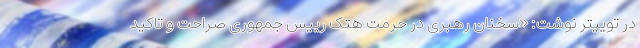
در توییتر نوشت: «سخنان رهبری در حرمت هتک رییس جمهوری صراحت و تاکید